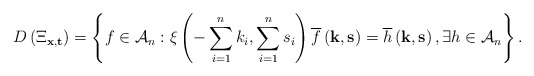
\begin{align*}D\left(\Xi_{\mathbf{x},\mathbf{t}}\right)=\left\{ f\in\mathcal{A}_{n}:\xi\left(-\sum_{i=1}^{n}k_{i},\sum_{i=1}^{n}s_{i}\right)\overline{f}\left(\mathbf{k},\mathbf{s}\right)=\overline{h}\left(\mathbf{k},\mathbf{s}\right),\exists h\in\mathcal{A}_{n}\right\} .\end{align*}